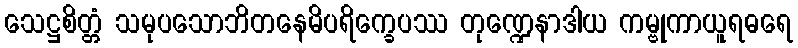
သေဋ္ဌစိတ္တံ သမုပသောဘိတနေမိပရိက္ခေပဿ တုဏ္ဍေနာဒါယ ကမ္ဗုကာယူရဓရေ